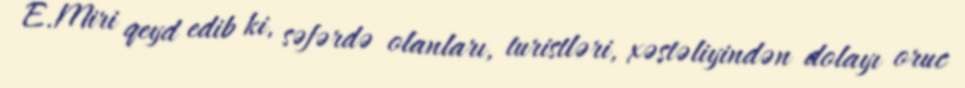
E.Miri qeyd edib ki, səfərdə olanları, turistləri, xəstəliyindən dolayı oruc